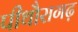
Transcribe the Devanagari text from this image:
पीथौरागढ़